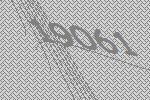
19061